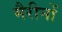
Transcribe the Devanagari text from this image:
मैरीनों